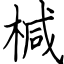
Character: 椷